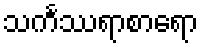
သင်္ကဿရာစာရော